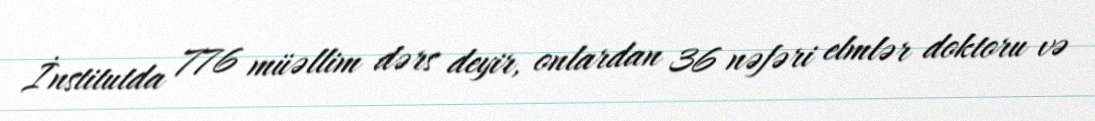
İnstitutda 776 müəllim dərs deyir, onlardan 36 nəfəri elmlər doktoru və